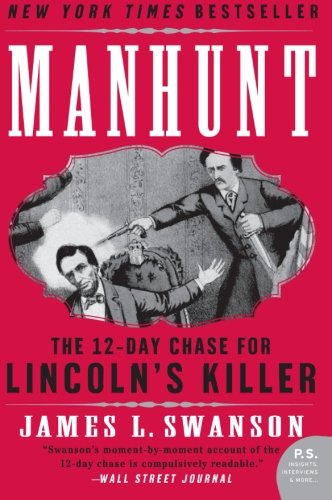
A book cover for Manhunt: The 12-Day Chase for Lincoln's Killer (P.S.); James L. Swanson; Biographies & Memoirs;